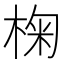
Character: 椈